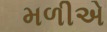
મળીએ